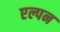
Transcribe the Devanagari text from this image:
एल्पन